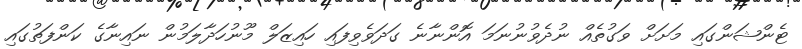
ޓެންޝަންގައި މަށަށް ވަގުތެއް ނުދެވުނުނަމަ އޮންނާނެ ގަދަވެވިފައި ހައިޒަލް މޫނުހަދާލަމުން ނައިނާގެ ކަންފަތުގައި